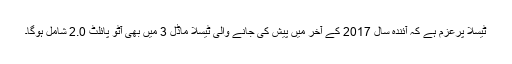
ٹیسلا پرعزم ہے کہ آئندہ سال 2017 کے آخر میں پیش کی جانے والی ٹیسلا ماڈل 3 میں بھی آٹو پائلٹ 2.0 شامل ہوگا۔